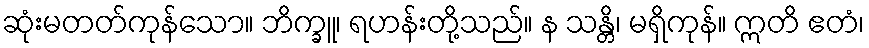
ဆုံးမတတ်ကုန်သော။ ဘိက္ခူ၊ ရဟန်းတို့သည်။ န သန္တိ၊ မရှိကုန်။ ဣတိ ဧတံ၊